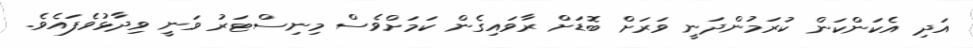
އަދި އެކަންކަން ކުރަމުންދަނީ ވަރަށް ބޮޑަށް ރާވައިގެން ކަމަށްވެސް މިނިސްޓަރު ވަނީ ވިދާޅުވެފައެވެ.